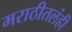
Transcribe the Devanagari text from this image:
मराठीतलंही